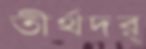
তীর্থদর্